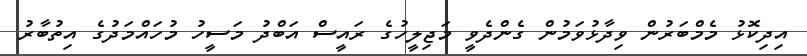
އިދިކޮޅު މެމްބަރުން ވިދާޅުވަމުން ގެންދެވީ މަޖިލީހުގެ ރައީސް އަބްދު މަސީހު މުހައްމަދުގެ އިތުބާރު